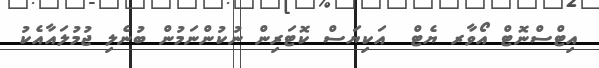
އިޓްސްނޮޓް އޯވާރ ޔެޓް  އަކިޔަސް ކޮޓަރިން ނުކުންނަމުން ބުނެލި ޖުމުލައާއެކު